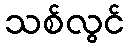
သစ်လွင်